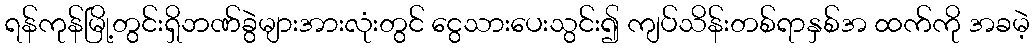
ရန်ကုန်မြို့တွင်းရှိဘဏ်ခွဲများအားလုံးတွင် ငွေသားပေးသွင်း၍ ကျပ်သိန်းတစ်ရာနှစ်အ ထက်ကို အခမဲ့